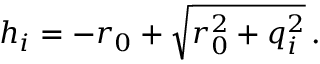
h _ { i } = - r _ { 0 } + \sqrt { r _ { 0 } ^ { 2 } + q _ { i } ^ { 2 } } \, .